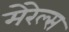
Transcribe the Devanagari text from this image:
मेरेल्स